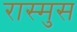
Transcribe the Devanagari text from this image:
रास्मुस